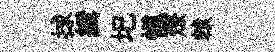
捄緝圯愼燎轅